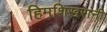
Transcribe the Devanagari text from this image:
हिमशिखरांनी